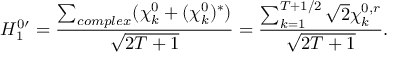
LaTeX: H _ { 1 } ^ { 0 \prime } = \frac { \sum _ { c o m p l e x } ( \chi _ { k } ^ { 0 } + ( \chi _ { k } ^ { 0 } ) ^ { * } ) } { \sqrt { 2 T + 1 } } = \frac { \sum _ { k = 1 } ^ { T + 1 / 2 } \sqrt { 2 } \chi _ { k } ^ { 0 , r } } { \sqrt { 2 T + 1 } } .